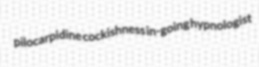
pilocarpidine cockishness in-going hypnologist